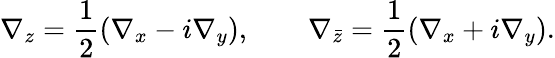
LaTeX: \nabla_{z}=\frac{1}{2}\left(\nabla_{x}-i\nabla_{y}\right),\qquad\nabla_{\bar{z}}=\frac{1}{2}\left(\nabla_{x}+i\nabla_{y}\right).